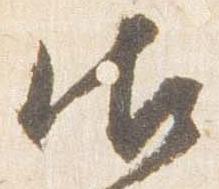
御